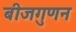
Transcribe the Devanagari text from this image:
बीजगुणन